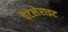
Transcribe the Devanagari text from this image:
पैटेलेराइट